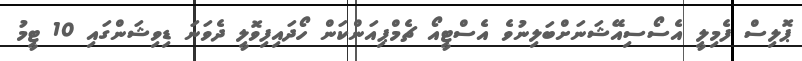
ޕޮލިސް ފެމިލީ އެސޯސިއޭޝަނަށްބަލިނުވެ އެސްޓީއޯ ޗެމްޕިއަންކަން ހޯދައިފިވޮލީ ދެވަނަ ޑިވިޝަންގައި 10 ޓީމު